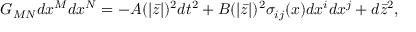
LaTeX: G _ { M N } d x ^ { M } d x ^ { N } = - A ( | \bar { z } | ) ^ { 2 } d t ^ { 2 } + B ( | \bar { z } | ) ^ { 2 } \sigma _ { i j } ( x ) d x ^ { i } d x ^ { j } + d \bar { z } ^ { 2 } ,